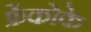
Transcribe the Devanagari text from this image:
फ्रेंकोके